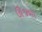
ઊજળા